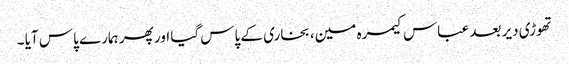
تھوڑی دیر بعد عباس کیمرہ مین، بخاری کے پاس گیا اور پھر ہمارے پاس آیا ۔